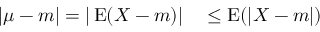
\begin{array} { r l } { | \mu - m | = | \operatorname { E } ( X - m ) | } & { { } \leq \operatorname { E } ( | X - m | ) } \end{array}